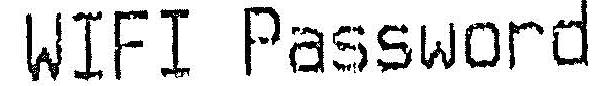
WIFI PASSWORD